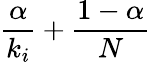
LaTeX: {\frac{\alpha}{k_{i}}}+{\frac{1-\alpha}{N}}